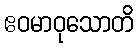
ဧဝမာဝုသောတိ